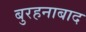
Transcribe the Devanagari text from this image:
बुरहनाबाद